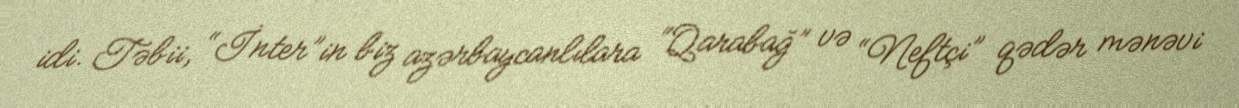
idi. Təbii, “İnter”in biz azərbaycanlılara “Qarabağ” və “Neftçi” qədər mənəvi